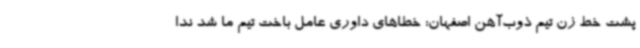
پشت خط زن تیم ذوب‌آهن اصفهان: خطاهای داوری عامل باخت تیم ما شد ندا